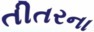
તીતરના